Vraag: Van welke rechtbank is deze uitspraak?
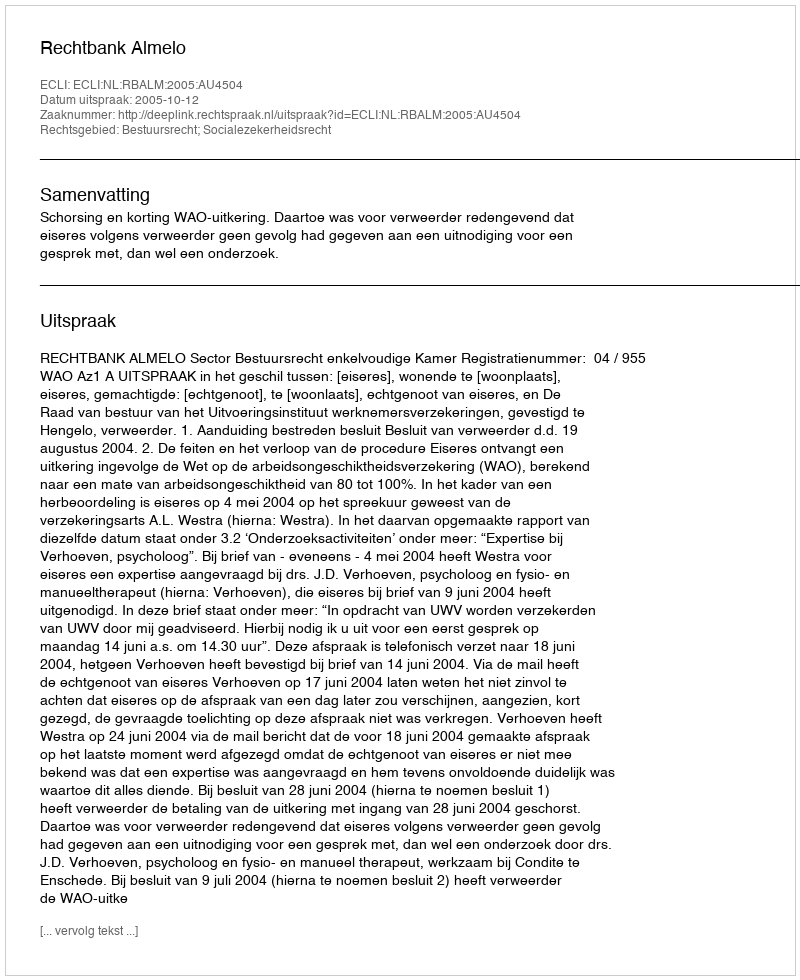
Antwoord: Rechtbank Almelo